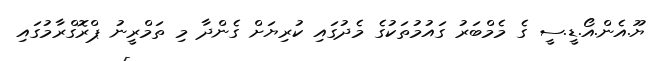
ޔޫ.އެން.އޯ.ޑީ.ސީ ގެ މެމްބަރު ގައުމުތަކުގެ މެދުގައި ކުރިޔަށް ގެންދާ މި ތަމްރީނު ޕްރޮގްރާމުގައި